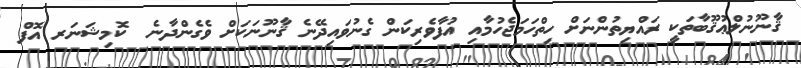
ޤާނޫނުލްޢުޤޫބާތަކީ ރައްޔިތުންނަށް ހިތްހަމަޖެހުމާއި އުފާވެރިކަން ގެނުވައިދޭނެ ޤާނޫނަކަށް ވެގެންދާނެ  ކޮމިޝަނަރ އޮފް